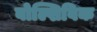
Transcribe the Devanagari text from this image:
बोल्शिविक